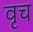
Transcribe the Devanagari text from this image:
वृच